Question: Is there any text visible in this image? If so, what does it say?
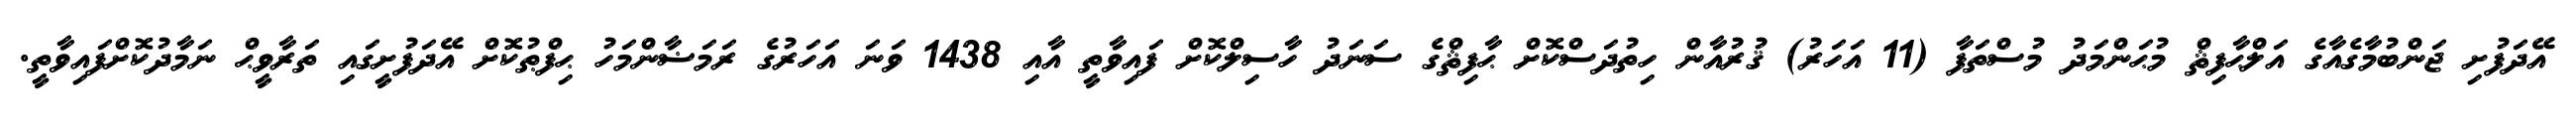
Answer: އޭދަފުށި ޖަންބުމާގެއާގެ އަލްޙާފިޘް މުޙަންމަދު މުސްތަފާ (11 އަހަރު) ޤުރުއާން ހިތުދަސްކޮށް ޙާފިޘްގެ ސަނަދު ހާސިލްކޮށް ފައިވާތީ އާއި 1438 ވަނަ އަހަރުގެ ރަމަޟާންމަހު ޙިފްޠުކޮށް އޭދަފުށީގައި ތަރާވީޙް ނަމާދުކޮށްފައިވާތީ.